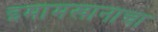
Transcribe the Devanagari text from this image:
इमामखानाचा